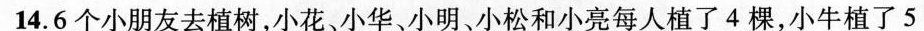
14.6个小朋友去植树，小花、小华、小明、小松和小亮每人植了4棵，小牛植了5